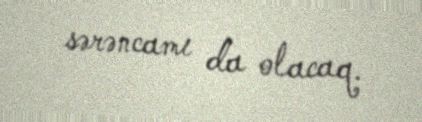
sərəncamı da olacaq.